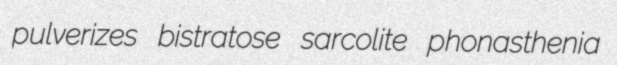
pulverizes bistratose sarcolite phonasthenia